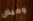
وميض